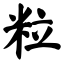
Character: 粒